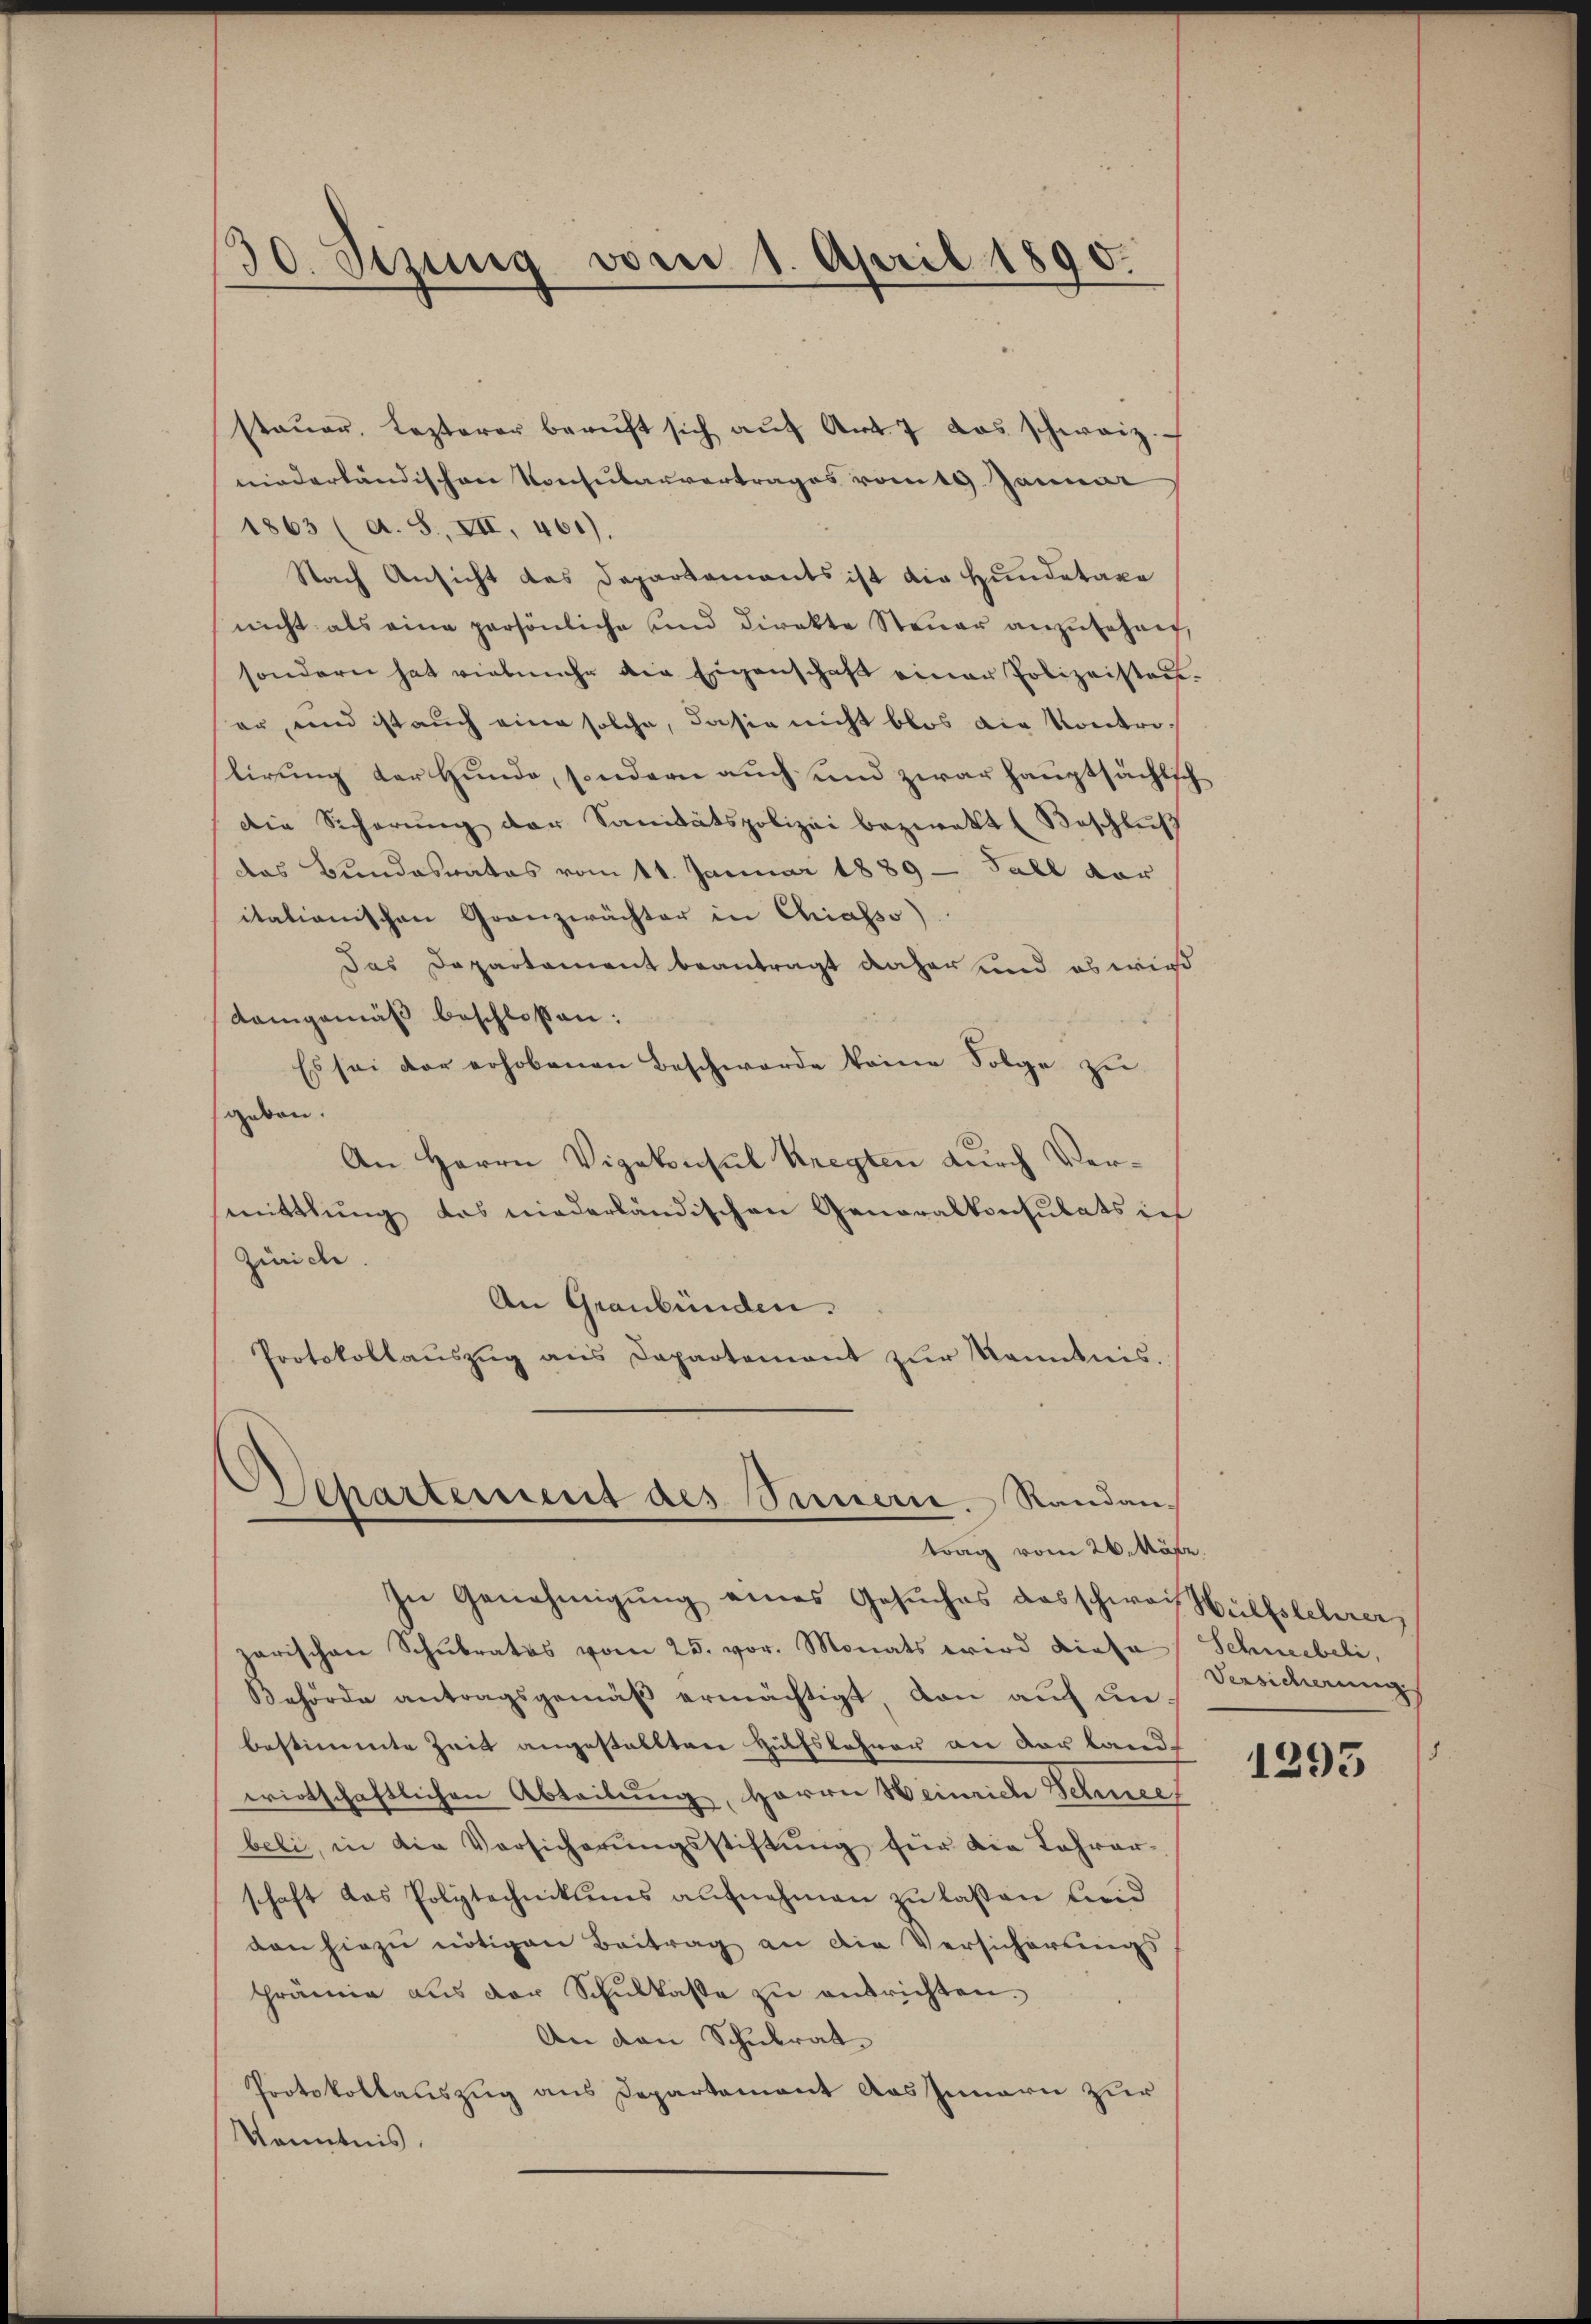
30. Sezung vom 1. April 1890.

staŭer, Lezterer beaŭft sich aŭf Art. 7 das schweiz.
niederländischen Konsularvertrages vom 19. Januar
1863 (A. S., XII, 461).
Nach Ansicht des Departements ist die Hundetaxe
nicht als eine persönliche und direkte Steuer anzufahret,
sondern hat vielmehr die Eigenschaft einer Polizeistaner, und ist auch eine solche, dasie nicht blos die Kontrostirung der Hunde, sondern auch und zwar hauptsächlich
die Scherŭng der Sanitätspolizei bezwekt (Beschluß
das Bundesrates vom 11. Januar 1889 - Fall vor
itationischen Granzwächter in Chiasso)
das Departament beantragt daher und es wird
Demgemäß beschlossen:
Es sei der erhobenen Beschwerde keine Folge zu
geben.
An Herrn Vizekonsul Kregten durch Vermittlung das niederländischen Generalkonsulats in
Zürich.
An Graubünden.
Protokollaŭszŭg ans Departement zŭr Kenntnis.

In Genehmigŭng eines Gesuches das schwai Hülfsleberen,
parischen Schulrates vom 25. vor. Monats wird diese
Behörde antragsgemäβ ermächtigt, dan auf unbestimmte Zeit angestellten Hülfslehrer an der land
wirtschaftlichen Abteilung, Herrn Weinrich Schneef
beli, in die Versicherŭngsstiftŭng für die Jahrer-
schaft das Polytechnikums aufnehmen zu lassen beid
don hiezu nötigen Beitrag an die Versicherungs
prämie aŭs der Schŭlkasse zŭ antrichten.
An den Schulrat
Protokollauszug aus Departement das Innern zur
Kenntnis.

Departement des Samerie. Randan-
trag vom 26. Näfe

Schneebeli,
Versicherung
4

1295